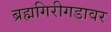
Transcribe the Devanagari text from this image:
ब्रह्मगिरीगडावर